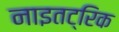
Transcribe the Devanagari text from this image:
नाइतट्रिक